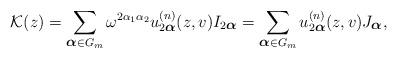
LaTeX: \begin{align*}{\cal K}(z)=\sum_{\mbox{\footnotesize\boldmath $\alpha $}\in G_m} \omega^{2\alpha_1 \alpha_2} u^{(n)}_{2\mbox{\footnotesize\boldmath $\alpha $}}(z,v) I_{2\mbox{\footnotesize\boldmath $\alpha $}}=\sum_{\mbox{\footnotesize\boldmath $\alpha $}\in G_m} u^{(n)}_{2\mbox{\footnotesize\boldmath $\alpha $}}(z,v) J_{\mbox{\footnotesize\boldmath $\alpha $}},\end{align*}